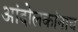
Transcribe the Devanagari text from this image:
आंदोलकांनाच